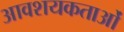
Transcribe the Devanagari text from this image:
आवशयकताओं